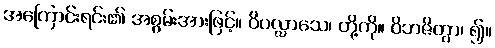
အကြောင်းရင်း၏ အစွမ်းအားဖြင့်။ ဝိပလ္လာသေ၊ တို့ကို။ ဝိဘဇိတွာ၊ ၍။